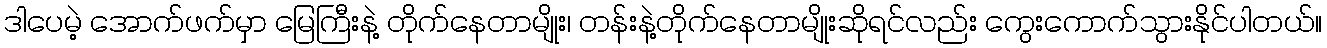
ဒါပေမဲ့ အောက်ဖက်မှာ မြေကြီးနဲ့ တိုက်နေတာမျိုး၊ တန်းနဲ့တိုက်နေတာမျိုးဆိုရင်လည်း ကွေးကောက်သွားနိုင်ပါတယ်။